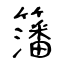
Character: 籓